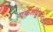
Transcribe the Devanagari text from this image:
एकलध्रुव